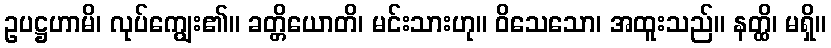
ဥပဋ္ဌဟာမိ၊ လုပ်ကျွေး၏။ ခတ္တိယောတိ၊ မင်းသားဟု။ ဝိသေသော၊ အထူးသည်။ နတ္ထိ၊ မရှိ။